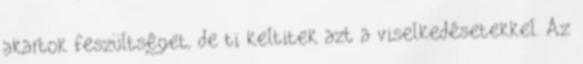
akartok feszültséget, de ti keltitek azt a viselkedésetekkel. Az